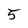
Character: 5